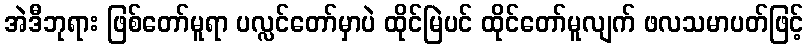
အဲဒီဘုရား ဖြစ်တော်မူရာ ပလ္လင်တော်မှာပဲ ထိုင်မြဲပင် ထိုင်တော်မူလျက် ဖလသမာပတ်ဖြင့်